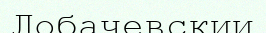
Лобачевскии